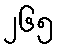
၂၆၅